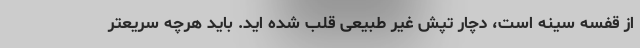
از قفسه سینه است، دچار تپش غیر طبیعی قلب شده اید. باید هرچه سریعتر